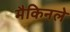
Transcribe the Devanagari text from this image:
मैकिनले